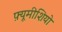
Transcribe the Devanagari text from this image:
फ़्यूमीशियो